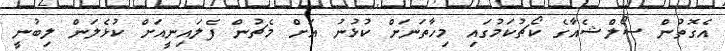
އެގޮތުން ސޯލްޝެއާގެ ކޯޗުކަމުގައި މިހާތަނަށް ކުޅުނު އަށް މެޗުން ފެލައިނީއަށް ކުޅެލަން ލިބުނީ